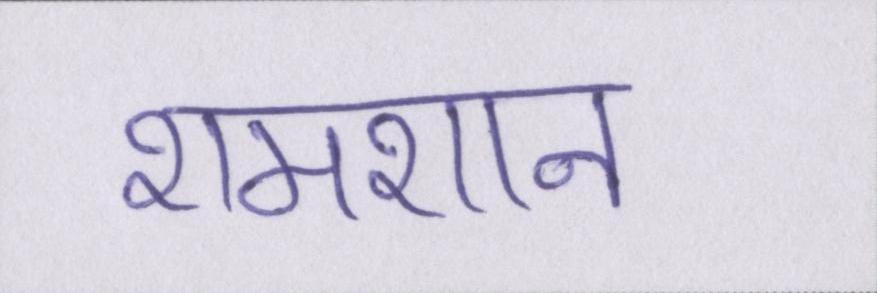
शमशान